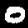
Digit: 0